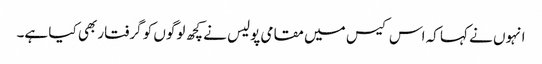
انہوں نے کہا کہ اس کیس میں مقامی پولیس نے کچھ لوگوں کو گرفتار بھی کیا ہے۔